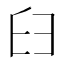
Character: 𦥑